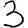
Digit: 3